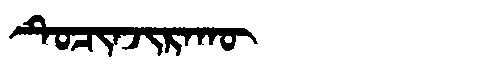
Manchu: ᡨᡠᠴᡳᠨᠵᡳᡵᠠᡴᡡ
Romanization: TUCINJIRAKŪ